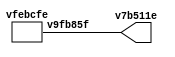
// This program was cloned from: https://github.com/FPGAwars/apio
// License: GNU General Public License v2.0

// Code generated by Icestudio 0.8.1w202112300112

`default_nettype none

//---- Top entity
module main (
 output v7b511e
);
 wire w0;
 assign v7b511e = w0;
 vfebcfe v14f857 (
  .v9fb85f(w0)
 );
endmodule

//---- Top entity
module vfebcfe (
 output v9fb85f
);
 wire w0;
 assign v9fb85f = w0;
 vfebcfe_vb2eccd vb2eccd (
  .q(w0)
 );
endmodule

//---------------------------------------------------
//-- bit-1
//-- - - - - - - - - - - - - - - - - - - - - - - - --
//-- Constant bit 1
//---------------------------------------------------

module vfebcfe_vb2eccd (
 output q
);
 //-- Constant bit-1
 assign q = 1'b1;
 
 
endmodule